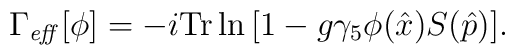
\Gamma_{\mathit{eff}}[\phi ] =-i \mathrm{Tr} \ln{ \left[ 1- g \gamma_5 \phi (\hat{x})  S(\hat{p}) \right] }.